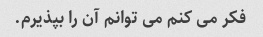
فکر می کنم می توانم آن را بپذیرم.